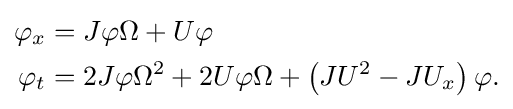
{\begin{aligned}\varphi _{x}&=J\varphi \Omega +U\varphi \\\varphi _{t}&=2J\varphi \Omega ^{2}+2U\varphi \Omega +\left(JU^{2}-JU_{x}\right)\varphi .\end{aligned}}